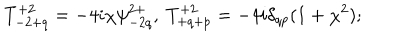
T _ { - 2 + q } ^ { + 2 } = - 4 i \chi \psi _ { - 2 q } ^ { 2 + } , \ T _ { + q + p } ^ { + 2 } = - 4 i \delta _ { q p } ( 1 + \chi ^ { 2 } ) ;